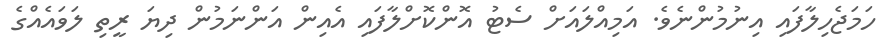
ހަމަޖެހިލާފައި އިނުމުންނެވެ. އަމިއްލައަށް ސެޓު އޮންކޮށްލާފައި އެއިން އަންނަމުން ދިޔަ ރީތި ލަވައެއްގެ